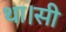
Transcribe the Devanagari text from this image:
था।सी